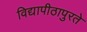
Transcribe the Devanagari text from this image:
विद्यापीठापुरते